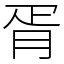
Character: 胥